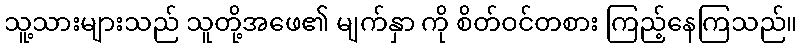
သူ့သားများသည် သူတို့အဖေ၏ မျက်နှာ ကို စိတ်ဝင်တစား ကြည့်နေကြသည်။